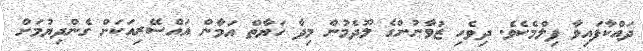
ދައްކާފައިވާ ފިލްމެކެވެ. ދިވެހި ޒުވާނުންގެ ލޫދެމުން މިދާ ހަޔާތް އަމާން އައްސޭރިއަކަށް ގެންދިޔުމަށް